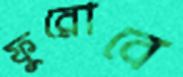
ফুরোবে